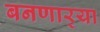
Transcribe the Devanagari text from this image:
बनणार्‍या